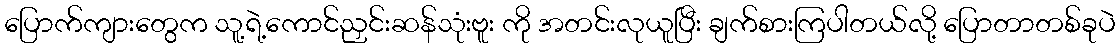
ပြောက်ကျားတွေက သူ့ရဲ့ကောင်ညှင်းဆန်သုံးဗူး ကို အတင်းလုယူပြီး ချက်စားကြပါတယ်လို့ ပြောတာတစ်ခုပဲ